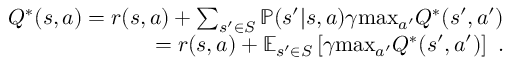
\begin{array} { r } { Q ^ { * } ( s , a ) = r ( s , a ) + \sum _ { { s ^ { \prime } \in S } } \mathbb { P } ( s ^ { \prime } | s , a ) \gamma \mathrm { m a x } _ { a ^ { \prime } } Q ^ { * } ( s ^ { \prime } , a ^ { \prime } ) } \\ { = r ( s , a ) + \mathbb { E } _ { s ^ { \prime } \in S } \left[ \gamma \mathrm { m a x } _ { a ^ { \prime } } Q ^ { * } ( s ^ { \prime } , a ^ { \prime } ) \right] ~ . } \end{array}